Calcutta medical institutions reports 1879-81 [i.e.91]
Year: 1879
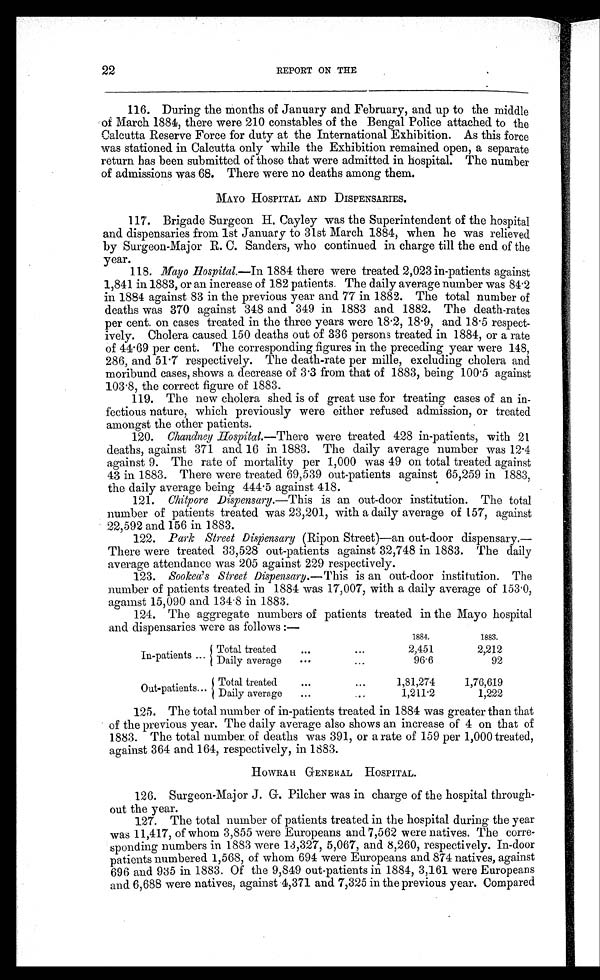
22
REPORT ON THE
116. During the months of January and February, and up to the middle
of March 1884, there were 210 constables of the Bengal Police attached to the
Calcutta Reserve Force for duty at the International Exhibition. As this force
was stationed in Calcutta only while the Exhibition remained open, a separate
return has been submitted of those that were admitted in hospital. The number
of admissions was 68. There were no deaths among them.
MAYO HOSPITAL AND DISPENSARIES.
117. Brigade Surgeon H. Cayley was the Superintendent of the hospital
and dispensaries from 1st January to 31st March 1884, when he was relieved
by Surgeon-Major R. C. Sanders, who continued in charge till the end of the
year.
118. Mayo Hospital.—In 1884 there were treated 2,023 in-patients against
1,841 in 1883, or an increase of 182 patients. The daily average number was 84.2
in 1884 against 83 in the previous year and 77 in 1882. The total number of
deaths was 370 against 348 and 349 in 1883 and 1882. The death-rates
per cent. on cases treated in the three years were 18.2, 18.9, and 18.5 respect-
ively. Cholera caused 150 deaths out of 336 persons treated in 1884, or a rate
of 44.69 per cent. The corresponding figures in the preceding year were 148,
286, and 51.7 respectively. The death-rate per mille, excluding cholera and
moribund cases, shows a decrease of 3.3 from that of 1883, being 100.5 against
103.8, the correct figure of 1883.
119. The new cholera shed is of great use for treating cases of an in-
fectious nature, which previously were either refused admission, or treated
amongst the other patients.
120. Chandncy Hospital.—There were treated 428 in-patients, with 21
deaths, against 371 and 16 in 1883. The daily average number was 12.4
against 9. The rate of mortality per 1,000 was 49 on total treated against
43 in 1883. There were treated 69,539 out-patients against 65,259 in 1883,
the daily average being 444.5 against 418.
121. Chitpore Dispensary.—This is an out-door institution. The total
number of patients treated was 23,201, with a daily average of 157, against
22,592 and 156 in 1883.
122. Park Street Dispensary (Ripon Street)—an out-door dispensary.
— T h e r e w e r e t r e a t e d 3 3 , 5 2 8 o u t - p a t i e n t s a g a i n s t 3 2 , 7 4 8 i n 1 8 8 3 . T h e d a i l y
average attendance was 205 against 229 respectively.
123. Sookea' s Street Dispensary.—This is an out-door institution. The
number of patients treated in 1884 was 17,007, with a daily average of 153.0,
against 15,090 and 134 . 8 in 1883.
124. The aggregate numbers of patients treated in the Mayo hospital
and dispensaries were as follows:—
1884.
1883.
In-patients
Total treated
...
. . .
2,451
2,212
Daily average ...
. . .
96.6
92
Out-patients... Total treated
...
...
1,81,274
1,76,619
Daily average ...
. . .
1,211.2
1,222
125. The total number of in-
patients treated in 1884 was greater than that
of the previous year. The daily average also shows an increase of 4 on that of
1883. The total number of deaths was 391, or a rate of 159 per 1,000 treated,
against 364 and 164, respectively, in 1883.
HOWRAH GENERAL HOS P I TAL.
126. Surgeon-Major J. G. Pilcher was in charge of the hospital through-
out the year.
127. The total number of patients treated in the hospital during the year
was 11,417, of whom 3,855 were Europeans and 7,562 were natives. The corre-
sponding numbers in 1883 were 13,327, 5,067, and 8,260, respectively. In-door
patients numbered 1,568, of whom 694 were Europeans and 874 natives, against
696 and 935 in 1883. Of the 9,849 out-patients in 1884, 3,161 were Europeans
and 6,688 were natives, against 4,371 and 7,325 in the previous year. Compared